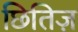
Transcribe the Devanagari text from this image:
छितिज़